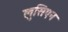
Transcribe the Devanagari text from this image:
लुसिएन